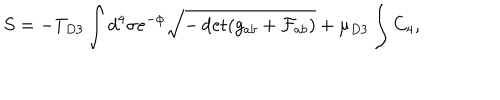
S = - T _ { D 3 } \int d ^ { 4 } \sigma e ^ { - \phi } \sqrt { - \det ( g _ { a b } + \mathcal { F } _ { a b } ) } + \mu _ { D 3 } \int C _ { 4 } ,